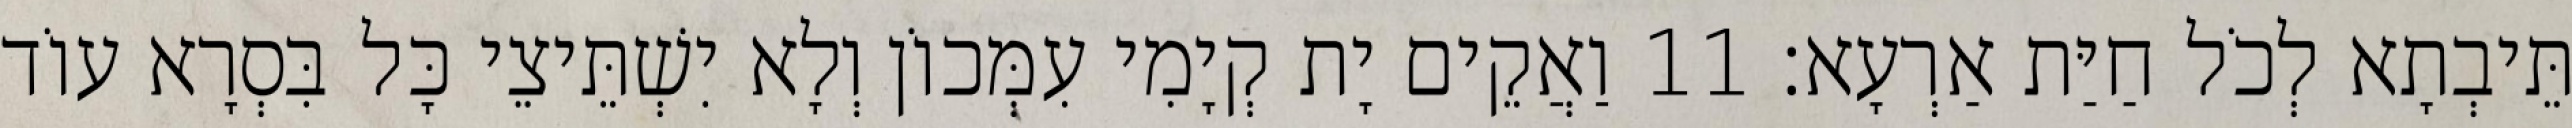
תֵּיבְתָא לְכֹל חַיַּת אַרְעָא׃ 11 וַאֲקֵים יָת קְיָמִי עִמְּכוֹן וְלָא יִשְׁתֵּיצֵי כָּל בִּסְרָא עוֹד